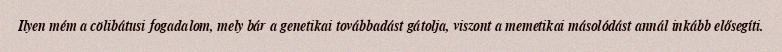
Ilyen mém a cölibátusi fogadalom, mely bár a genetikai továbbadást gátolja, viszont a memetikai másolódást annál inkább elősegíti.